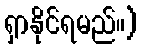
ရှာနိုင်ရမည်။)